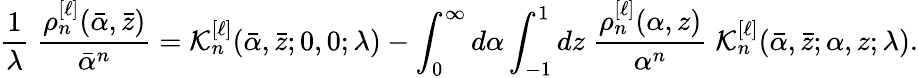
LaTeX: \frac{1}{\lambda}\; \frac{\rho_{n}^{[\ell]}(\bar{\alpha},\bar{z})}{\bar{\alpha}^{n}}={\cal K}_{n}^{[\ell]}(\bar{\alpha},\bar{z};0,0;\lambda)-\int_{0}^{\infty}d\alpha\int_{-1}^{1}dz\; \frac{\rho_{n}^{[\ell]}(\alpha,z)}{\alpha^{n}}\; {\cal K}_{n}^{[\ell]}(\bar{\alpha},\bar{z};\alpha,z;\lambda).